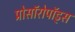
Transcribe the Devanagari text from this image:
प्रोसॉरोपॉड्स